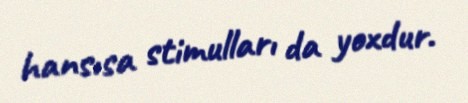
hansısa stimulları da yoxdur.